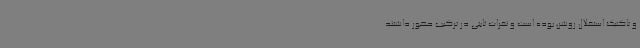
و تاکتیک استقلال روشن بوده است و نفرات ثابتی در ترکیب حضور داشتند.